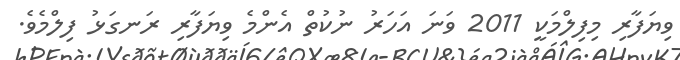
ވިޔަފާރި މިފިލްމަކީ 2011 ވަނަ އަހަރު ނުކުތް އެންމެ ވިޔަފާރި ރަނގަޅު ފިލްމެވެ.